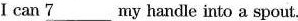
I can \underline{7} ___my handle into a spout.